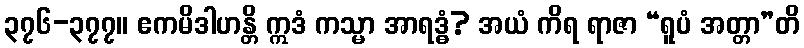
၃၇၆-၃၇၇။ ဧကမိဒါဟန္တိ ဣဒံ ကသ္မာ အာရဒ္ဓံ? အယံ ကိရ ရာဇာ “ရူပံ အတ္တာ”တိ